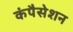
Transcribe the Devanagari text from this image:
कंपैसेशन